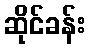
ဆိုင်ခန်း